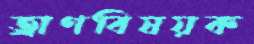
ত্রাণবিষয়ক